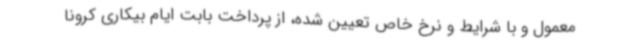
معمول و با شرایط و نرخ خاص تعیین شده، از پرداخت بابت ایام بیکاری کرونا